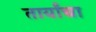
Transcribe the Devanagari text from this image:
तार्यांचा